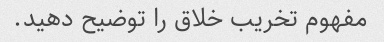
مفهوم تخریب خلاق را توضیح دهید.